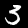
Label: 3